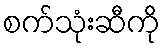
စက်သုံးဆီကို